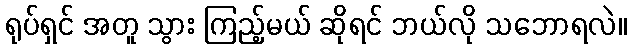
ရုပ်ရှင် အတူ သွား ကြည့်မယ် ဆိုရင် ဘယ်လို သဘောရလဲ။